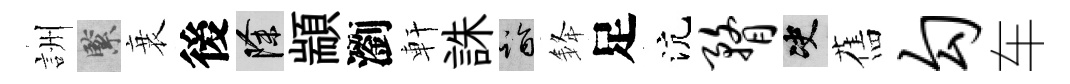
詶緊衰後除顓瀏軒誅诣𨦟足沆瞀决舊勾车